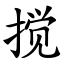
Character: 搅